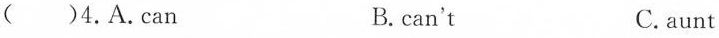
( )4.A.can B. can't C.aunt